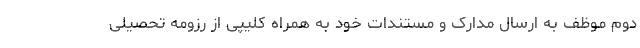
دوم موظف به ارسال مدارک و مستندات خود به همراه کلیپی از رزومه تحصیلی